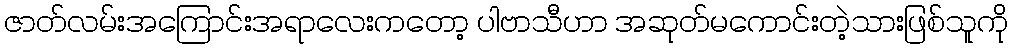
ဇာတ်လမ်းအကြောင်းအရာလေးကတော့ ပါဗာသီဟာ အဆုတ်မကောင်းတဲ့သားဖြစ်သူကို